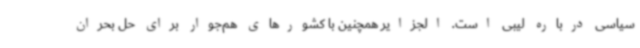
سیاسی درباره لیبی است. الجزایر همچنین با کشورهای هم‌جوار برای حل بحران